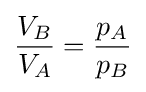
{\frac {V_{B}}{V_{A}}}={\frac {p_{A}}{p_{B}}}